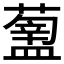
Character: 𥂿